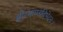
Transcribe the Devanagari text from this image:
क्षीरभाण्डविभेदनः।